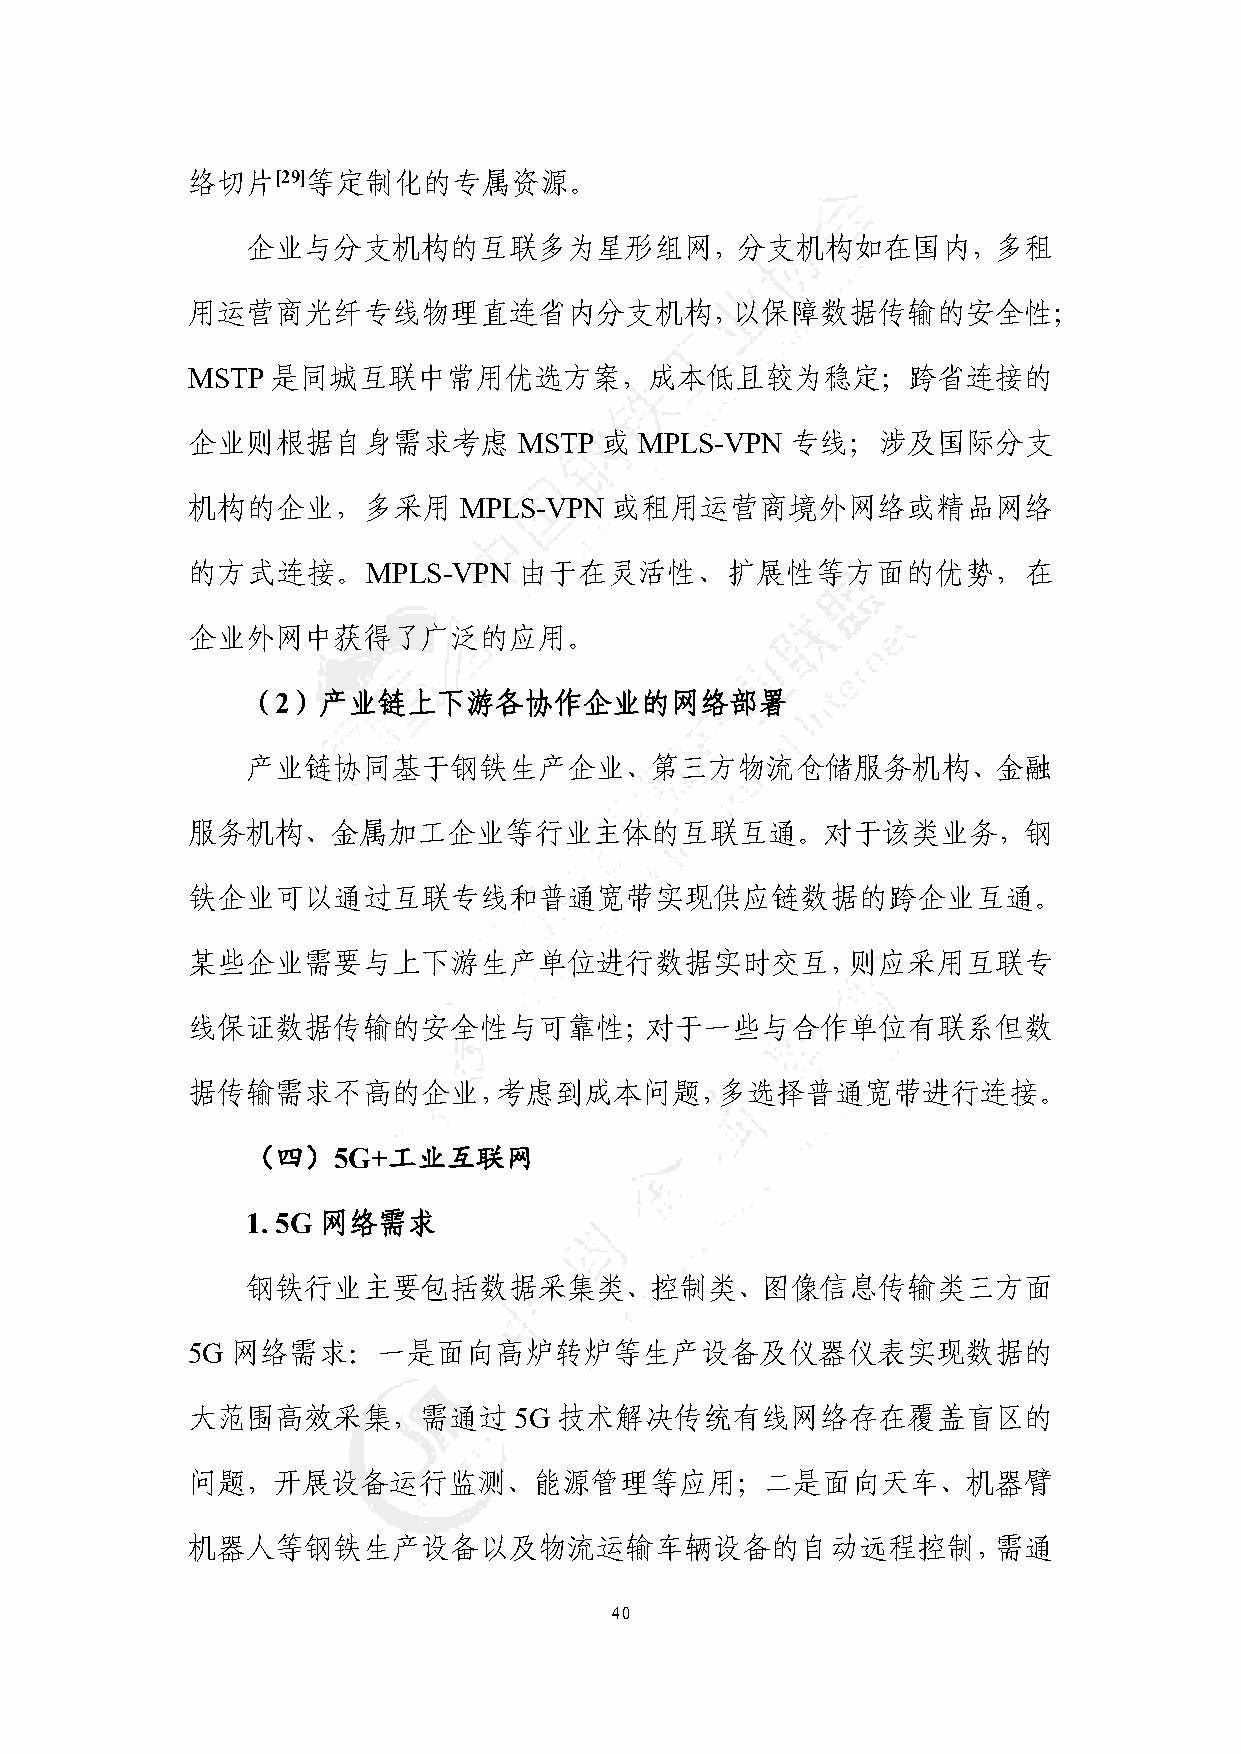
络切片[29]等定制化的专属资源。
 企业与分支机构的互联多为星形组网，分支机构如在国内，多租
 用运营商光纤专线物理直连省内分支机构，以保障数据传输的安全性；
 MSTP  是同城互联中常用优选方案，成本低且较为稳定；跨省连接的
 企业则根据自身需求考虑           MSTP  或 MPLS-VPN  专线；涉及国际分支
 机构的企业，多采用         MPLS-VPN  或租用运营商境外网络或精品网络
 的方式连接。MPLS-VPN        由于在灵活性、扩展性等方面的优势，在
 企业外网中获得了广泛的应用。
 （2）产业链上下游各协作企业的网络部署
 产业链协同基于钢铁生产企业、第三方物流仓储服务机构、金融
 服务机构、金属加工企业等行业主体的互联互通。对于该类业务，钢
 铁企业可以通过互联专线和普通宽带实现供应链数据的跨企业互通。
 某些企业需要与上下游生产单位进行数据实时交互，则应采用互联专
 线保证数据传输的安全性与可靠性；对于一些与合作单位有联系但数
 据传输需求不高的企业，考虑到成本问题，多选择普通宽带进行连接。
 （四）5G+工业互联网
 1. 5G 网络需求
 钢铁行业主要包括数据采集类、控制类、图像信息传输类三方面
 5G 网络需求：一是面向高炉转炉等生产设备及仪器仪表实现数据的
 大范围高效采集，需通过           5G 技术解决传统有线网络存在覆盖盲区的
 问题，开展设备运行监测、能源管理等应用；二是面向天车、机器臂
 机器人等钢铁生产设备以及物流运输车辆设备的自动远程控制，需通
 40